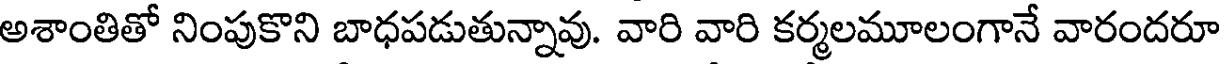
అశాంతితో నింపుకొని బాధపడుతున్నావు. వారి వారి కర్మలమూలంగానే వారందరూ